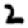
Digit: 2